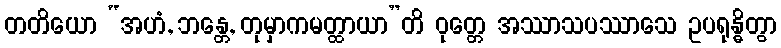
တတိယော “အဟံ, ဘန္တေ, တုမှာကမတ္ထာယာ”တိ ဝုတ္တေ အဿာသပဿာသေ ဥပရုန္ဓိတွာ